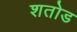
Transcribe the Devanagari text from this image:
शतोड